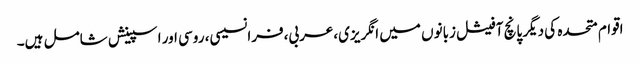
اقوام متحدہ کی دیگر پانچ آفیشل زبانوں میں انگریزی،عربی،فرانسیسی، روسی اور اسپینش شامل ہیں۔